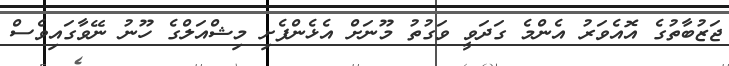
ޖަޒުބާތުގެ އޮއެވަރު އެންމެ ގަދަވީ ވަގުތު މޫނަށް އެޅެންފެށި މިޝްއަލްގެ ހޫނު ނޭވާގައިވެސް